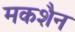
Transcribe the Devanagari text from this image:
मकशैन